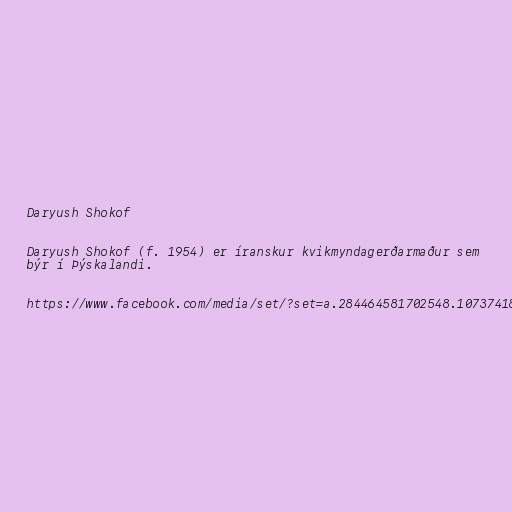
Daryush Shokof

Daryush Shokof (f. 1954) er íranskur kvikmyndagerðarmaður sem
býr í Þýskalandi.

https://www.facebook.com/media/set/?set=a.284464581702548.1073741832.283807238434949&amp;type=3